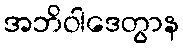
အဘိဝါဒေတွာန